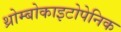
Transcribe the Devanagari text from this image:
थ्रोम्बोकाइटोपेनिक